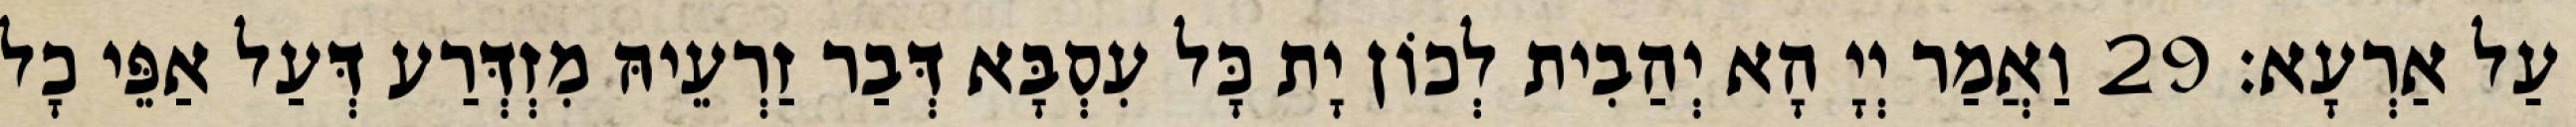
עַל אַרְעָא׃ 29 וַאֲמַר יְיָ הָא יְהַבִית לְכוֹן יָת כָּל עִסְבָּא דְּבַר זַרְעֵיהּ מִזְדְּרַע דְּעַל אַפֵּי כָל